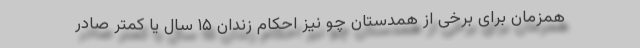
همزمان برای برخی از همدستان چو نیز احکام زندان ۱۵ سال یا کمتر صادر